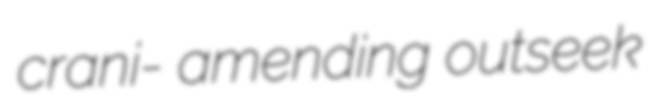
crani- amending outseek